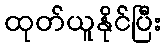
ထုတ်ယူနိုင်ပြီး